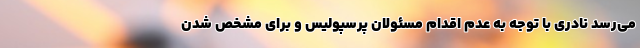
می‌رسد نادری با توجه به عدم اقدام مسئولان پرسپولیس و برای مشخص شدن